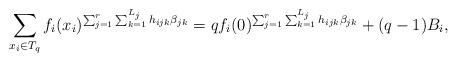
LaTeX: \begin{align*} \sum_{x_i\in T_q} f_i(x_i)^{\sum_{j=1}^r \sum_{k=1}^{L_j}h_{ijk}\beta_{jk}}=qf_i(0)^{\sum_{j=1}^r \sum_{k=1}^{L_j}h_{ijk}\beta_{jk}}+(q-1)B_i,\end{align*}